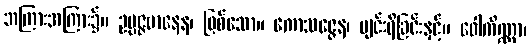
အကြားအကြား၌။ ဥပ္ပဇ္ဇမာနေန၊ ဖြစ်သော။ ကောသဇ္ဇေန၊ ပျင်းရိခြင်းနှင့်။ ဝေါကိဏ္ဏာ၊